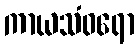
ကာယသံဝရော